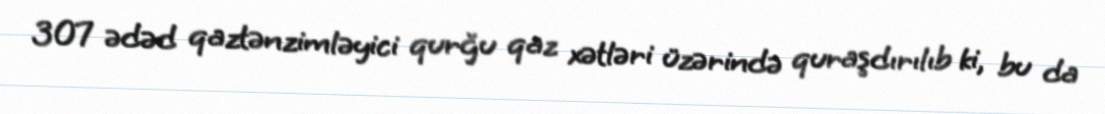
307 ədəd qaztənzimləyici qurğu qaz xətləri üzərində quraşdırılıb ki, bu da